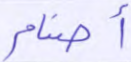
أصنام